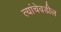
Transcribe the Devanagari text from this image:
त्यांचेवडील